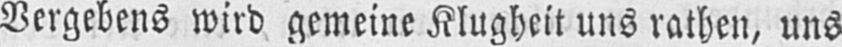
Vergebens wird gemeine Klugheit uns rathen, uns